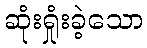
ဆုံးရှုံးခဲ့သော